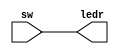
module ex1 (sw,ledr);
	input [3:0] sw;
	output [3:0] ledr;
	reg led;
	assign ledr = sw;
endmodule